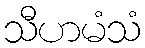
သီဟမံသံ